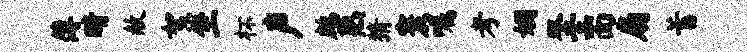
薄睛赦絮坐杯声鹧熟猜寰嘱考姻双圭面扇蓄